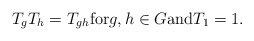
\begin{align*} T_{g}T_{h}=T_{gh} \mathrm{for} g, h \in G \mathrm{and} T_{1} = 1.\end{align*}